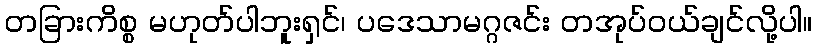
တခြားကိစ္စ မဟုတ်ပါဘူးရှင်၊ ပဒေသာမဂ္ဂဇင်း တအုပ်ဝယ်ချင်လို့ပါ။